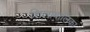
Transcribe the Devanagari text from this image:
शिलाबालिका